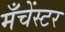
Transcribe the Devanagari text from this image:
मँचेंस्टर